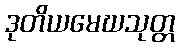
ဒုတိယမေဃသုတ္တ